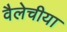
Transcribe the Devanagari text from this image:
वैलेचीया